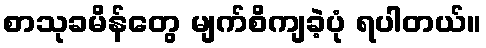
စာသုခမိန်တွေ မျက်စိကျခဲ့ပုံ ရပါတယ်။